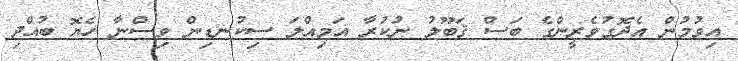
އިވުމުން އެދޮގުވެރީންގެ ބަސް ޤަބޫލު ނުކުރާ އަމިއްލަ ސިކުނޑިން ވިސްނާ ހެޔޮ ބުއްދި